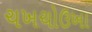
ચખચોઉખા